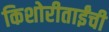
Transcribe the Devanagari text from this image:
किशोरीताईंची